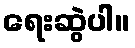
ရေးဆွဲပါ။